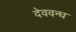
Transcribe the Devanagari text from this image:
देववन्ध